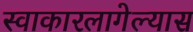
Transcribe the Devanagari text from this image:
स्वाकारलागेल्यास